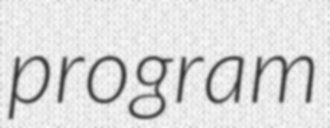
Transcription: program